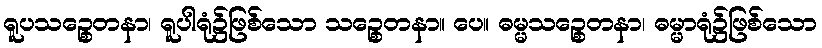
ရူပသဉ္စေတနာ၊ ရူပါရုံ၌ဖြစ်သော သဉ္စေတနာ။ ပေ။ ဓမ္မသဉ္စေတနာ၊ ဓမ္မာရုံ၌ဖြစ်သော